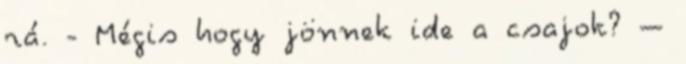
rá. - Mégis hogy jönnek ide a csajok? –